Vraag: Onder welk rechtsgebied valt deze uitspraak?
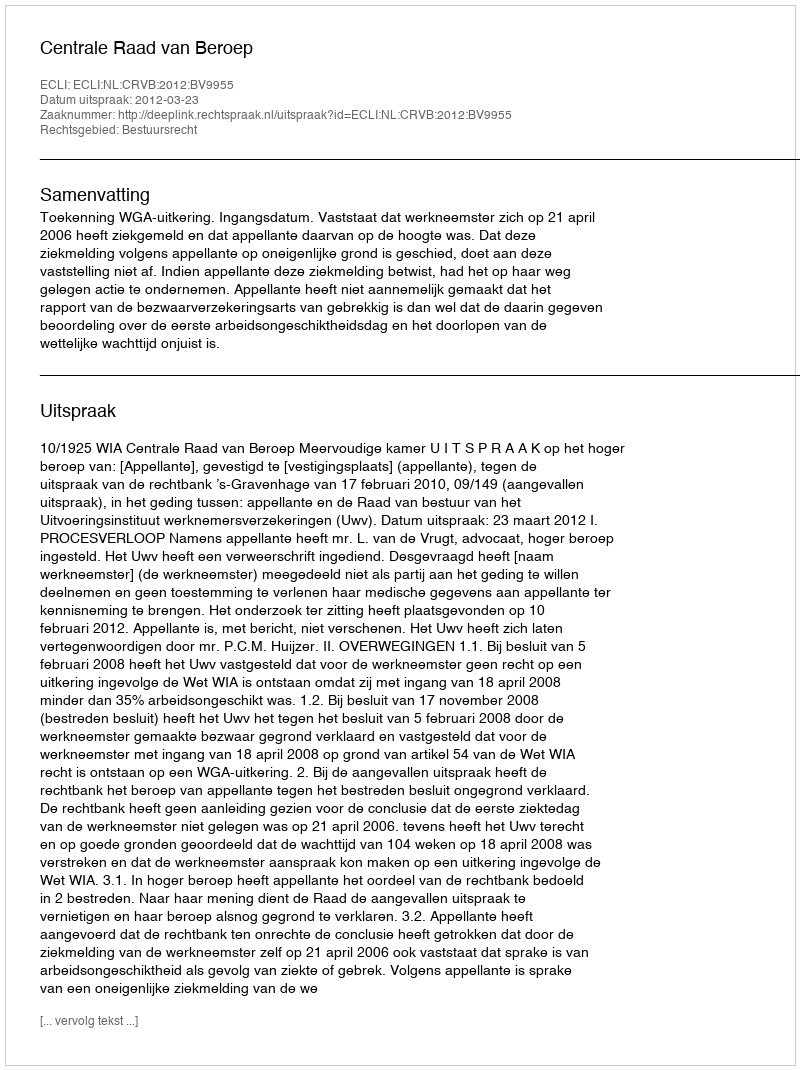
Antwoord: Bestuursrecht